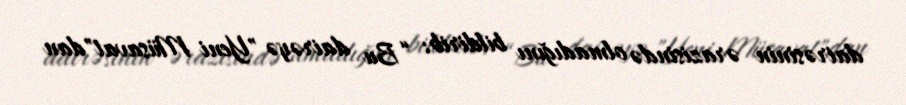
dairəsinin ərazisində olmadığını bildirib: “Bu dairəyə "Yeni Müsavat"dan